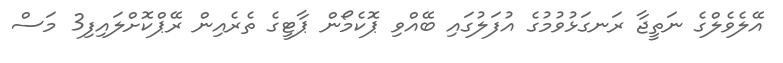
އޭލެވެލްގެ ނަތީޖާ ރަނގަޅުވުމުގެ އުފަލުގައި ބޭއްވި ޕޮކެމޯން ޕާޓީގެ ތެރެއިން ރޭޕްކޮށްލައިފި3 މަސް